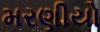
મરણીયો